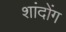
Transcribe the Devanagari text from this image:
शांदोंग